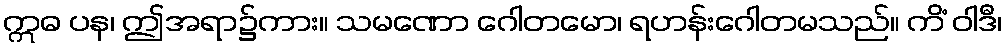
ဣဓ ပန၊ ဤအရာ၌ကား။ သမဏော ဂေါတမော၊ ရဟန်းဂေါတမသည်။ ကိံ ဝါဒီ၊